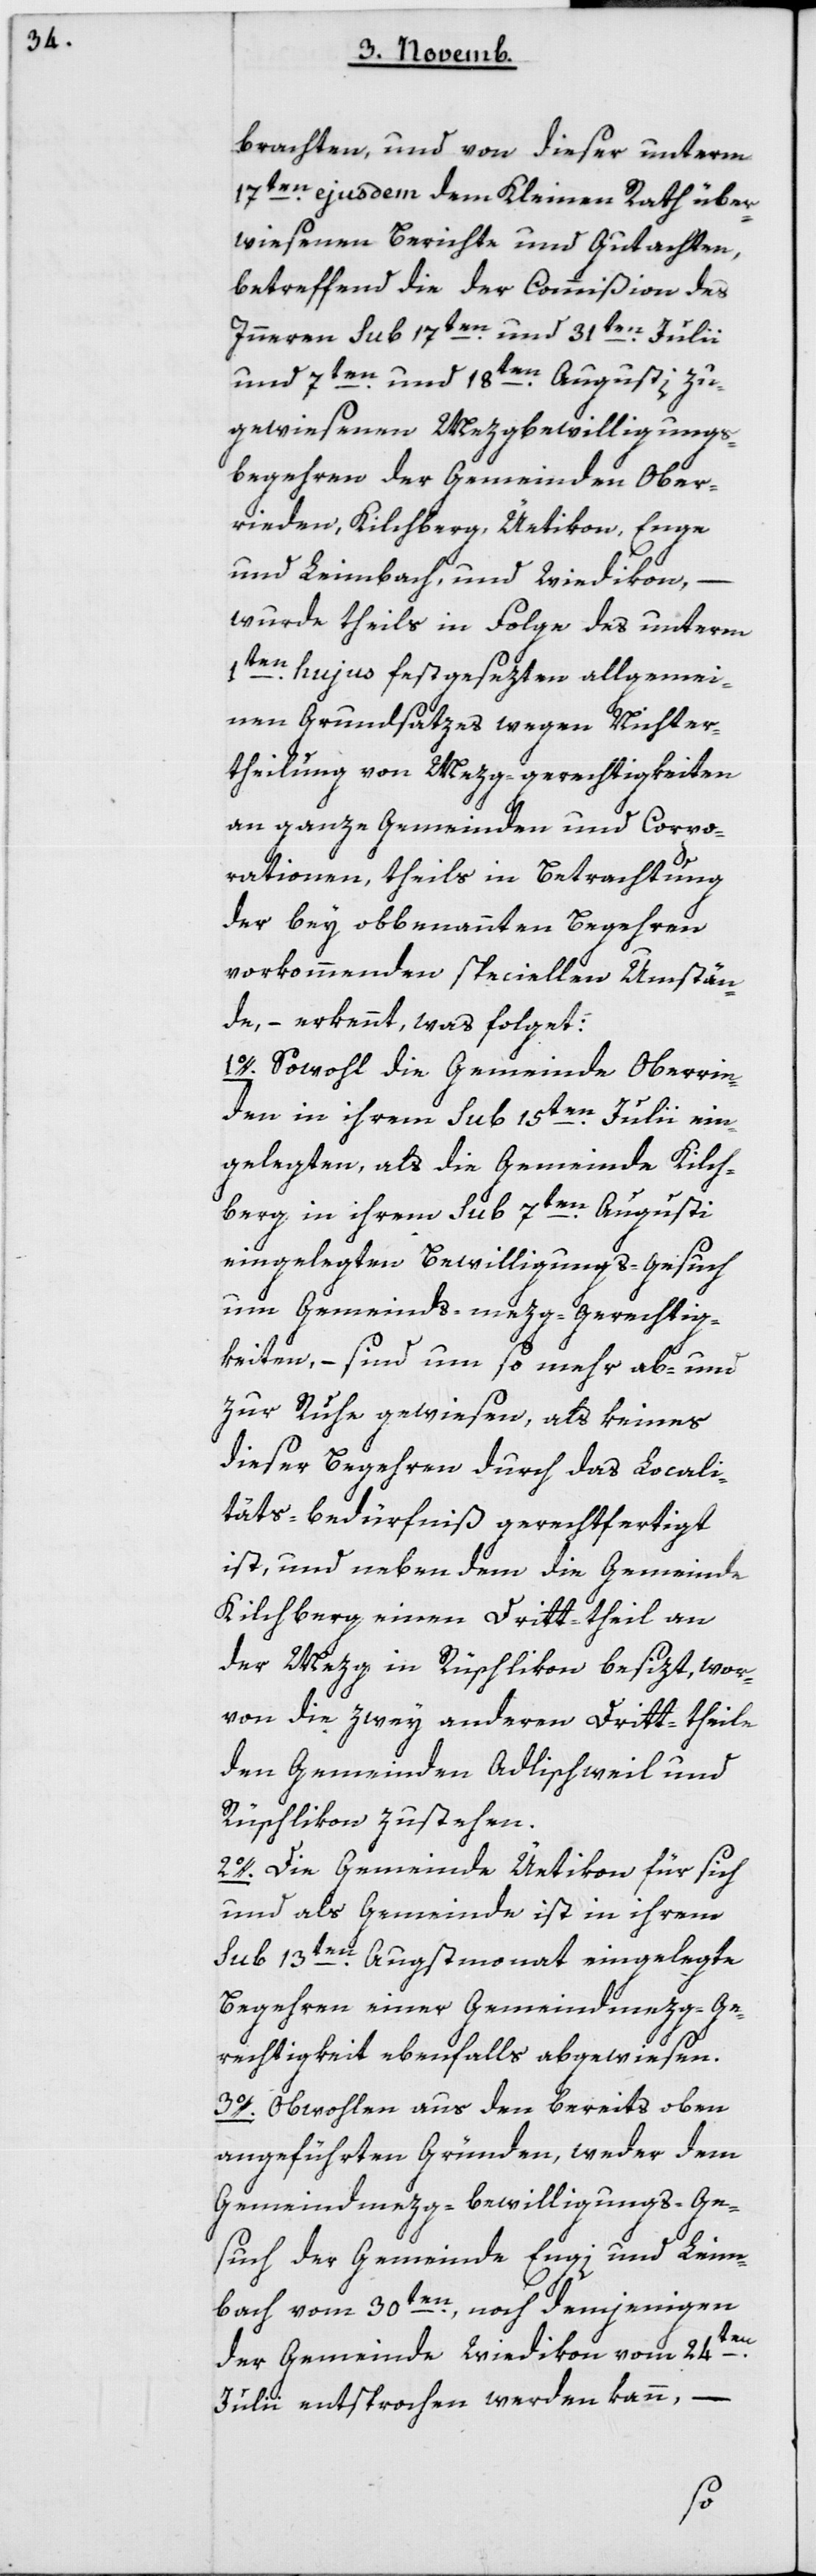
brachten, und von dieser unterm
17ten ejusdem dem Kleinen Rath über¬
wiesenen Berichte und Gutachten,
betreffend die der Commißion des
Innern sub 17ten
und 31ten Julii
und 7ten und 18ten Augusti zu¬
gewiesenen Mezgbewilligungs-B¬
egehren der Gemeinden Ober¬
rieden, Kilchberg, Uetikon, Enge,
Leimbach und Wiedikon, –
wurde theils in Folge des unterm
1ten hujus festgesetzten allgemei¬
nen Grundsatzes wegen Nichter¬
theilung von Mezg-gerechtigkeiten
an ganze Gemeinden und Corpo¬
rationen, theils in Betrachtung
der bey obbenannten Begehren
vorkommenden speciellen Umstän¬
de, – erkennt, was folget:
1. Sowohl die Gemeinde Oberrie¬
den in ihrem sub 15ten Julii ein¬
gelegten, als die Gemeinde Kilch¬
berg in ihrem sub 7ten Augusti
eingelegten Bewilligungs-Gesuch
um Gemeinds-mezg-Gerechtig¬
keiten, – sind um so mehr ab- und
zur Ruhe gewiesen, als keines
dieser Begehren durch das Locali¬
täts-bedürfniß gerechtfertigt
ist, und neben dem die Gemeinde
Kilchberg einen Dritt-theil an
der Mezg in Rüschlikon besitzt, wor¬
von die zwey anderen Drittheile
den Gemeinden Adlischweil und
Rüschlikon zustehen.
2. Die Gemeinde Uetikon für sich
und als Gemeinde ist in ihrem
sub 13ten Augstmonat eingelegte
Begehren einer Gemeindmezg-Ge¬
rechtigkeit ebenfalls abgewiesen.
3. Obwohlen aus den bereits oben
angeführten Gründen, weder dem
Gemeindmezg-Bewilligungsge¬
such der Gemeinde Enge und Leim¬
bach vom 30ten , noch demjenigen
en
der Gemeinde Wiedikon vom 24t¬
Julii entsprochen werden kann, –